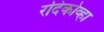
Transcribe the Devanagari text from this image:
रदिकोव्हा